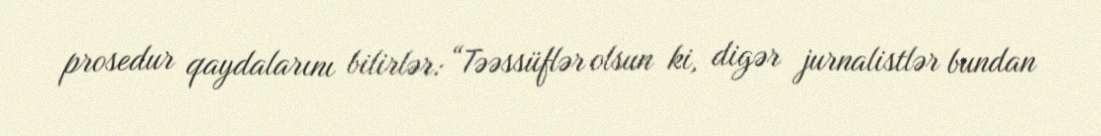
prosedur qaydalarını bilirlər: “Təəssüflər olsun ki, digər jurnalistlər bundan